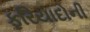
ફરિયાદોની